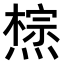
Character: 𤏇